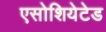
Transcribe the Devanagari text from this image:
एसोशियेटेड